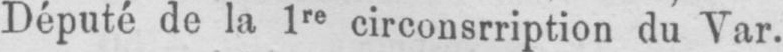
Député de la 1re circonsrription du Var.